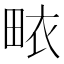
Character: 畩